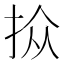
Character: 𪭮